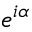
e ^ { i \alpha }